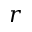
\boldsymbol { r }